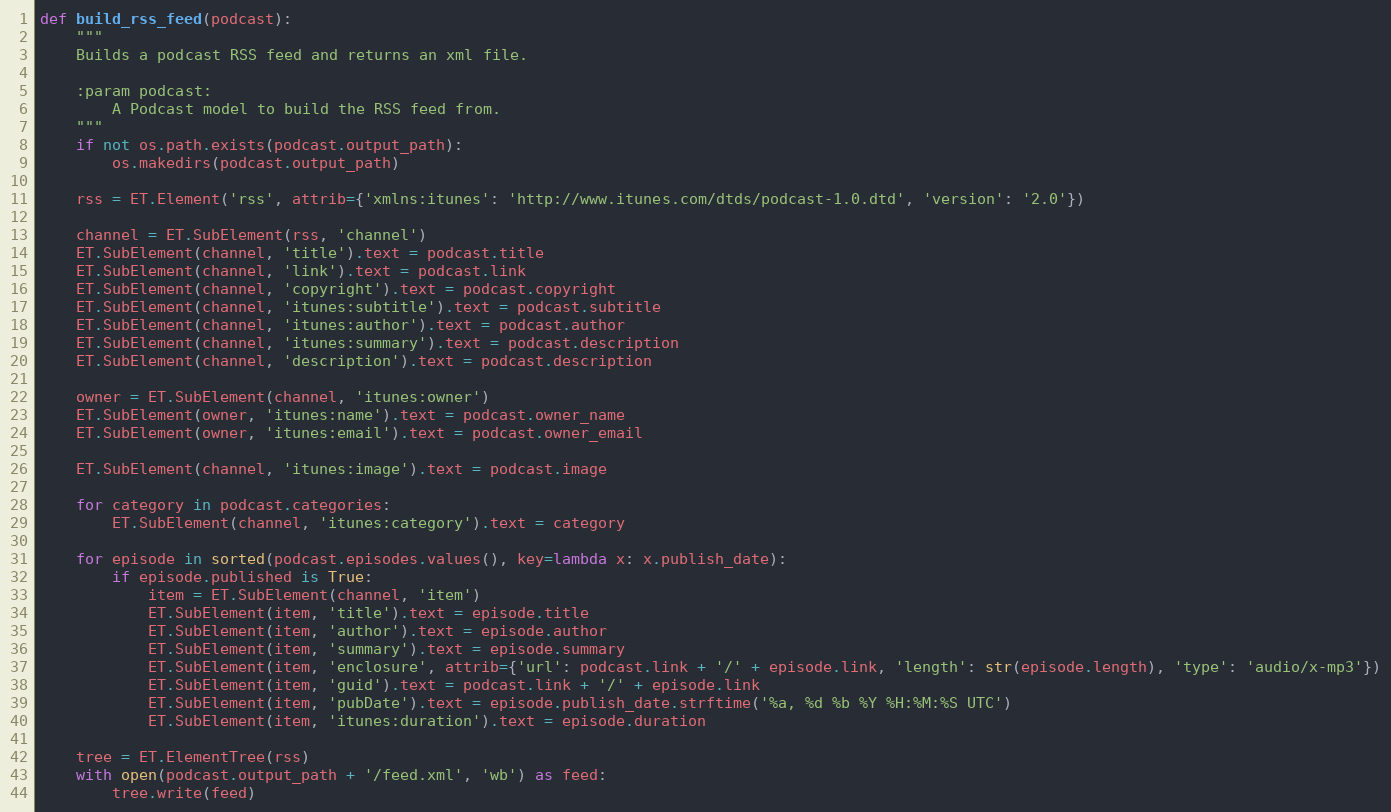
Language: Python
def build_rss_feed(podcast):
    """
    Builds a podcast RSS feed and returns an xml file.

    :param podcast:
        A Podcast model to build the RSS feed from.
    """
    if not os.path.exists(podcast.output_path):
        os.makedirs(podcast.output_path)

    rss = ET.Element('rss', attrib={'xmlns:itunes': 'http://www.itunes.com/dtds/podcast-1.0.dtd', 'version': '2.0'})

    channel = ET.SubElement(rss, 'channel')
    ET.SubElement(channel, 'title').text = podcast.title
    ET.SubElement(channel, 'link').text = podcast.link
    ET.SubElement(channel, 'copyright').text = podcast.copyright
    ET.SubElement(channel, 'itunes:subtitle').text = podcast.subtitle
    ET.SubElement(channel, 'itunes:author').text = podcast.author
    ET.SubElement(channel, 'itunes:summary').text = podcast.description
    ET.SubElement(channel, 'description').text = podcast.description

    owner = ET.SubElement(channel, 'itunes:owner')
    ET.SubElement(owner, 'itunes:name').text = podcast.owner_name
    ET.SubElement(owner, 'itunes:email').text = podcast.owner_email

    ET.SubElement(channel, 'itunes:image').text = podcast.image

    for category in podcast.categories:
        ET.SubElement(channel, 'itunes:category').text = category

    for episode in sorted(podcast.episodes.values(), key=lambda x: x.publish_date):
        if episode.published is True:
            item = ET.SubElement(channel, 'item')
            ET.SubElement(item, 'title').text = episode.title
            ET.SubElement(item, 'author').text = episode.author
            ET.SubElement(item, 'summary').text = episode.summary
            ET.SubElement(item, 'enclosure', attrib={'url': podcast.link + '/' + episode.link, 'length': str(episode.length), 'type': 'audio/x-mp3'})
            ET.SubElement(item, 'guid').text = podcast.link + '/' + episode.link
            ET.SubElement(item, 'pubDate').text = episode.publish_date.strftime('%a, %d %b %Y %H:%M:%S UTC')
            ET.SubElement(item, 'itunes:duration').text = episode.duration

    tree = ET.ElementTree(rss)
    with open(podcast.output_path + '/feed.xml', 'wb') as feed:
        tree.write(feed)